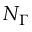
N _ { \Gamma }